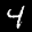
Label: 4